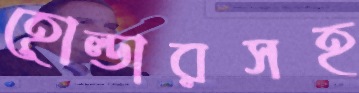
হোল্ডারসহ